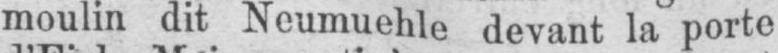
moulin dit Neumuehle devant la porte